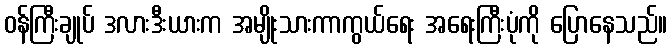
ဝန်ကြီးချုပ် ဒလားဒီးယားက အမျိုးသားကာကွယ်ရေး အရေးကြီးပုံကို ပြောနေသည်။